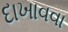
દાખાવવા